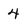
Character: 4